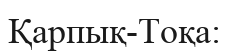
Қарпық-Тоқа: